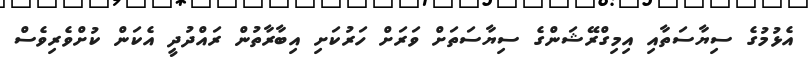
އެޅުމުގެ ސިޔާސަތާއި އިމިގްރޭޝަންގެ ސިޔާސަތަށް ވަރަށް ހަރުކަށި އިބާރާތުން ރައްދުދީ އެކަން ކުށްވެރިވެސް